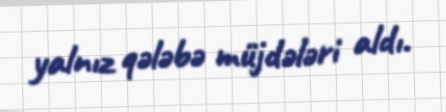
yalnız qələbə müjdələri aldı.